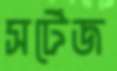
সর্টেজ